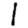
Digit: 1